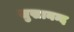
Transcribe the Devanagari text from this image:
सुखानन्द